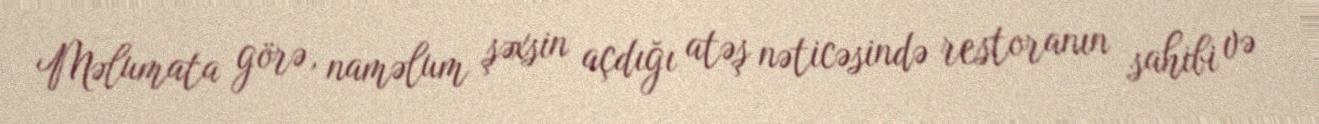
Məlumata görə, naməlum şəxsin açdığı atəş nəticəsində restoranın sahibi və